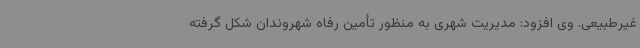
غیرطبیعی. وی افزود: مدیریت شهری به منظور تأمین رفاه شهروندان شکل گرفته